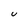
Character: U